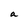
Character: a